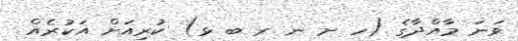
ވަނަ މާއްދާގެ (ހ ށ ނ ރ ބ ޅ) ކުރިއަށް އަކުރެއް